Medical and sanitary report of the native army of Bengal for the year
Year: 1877
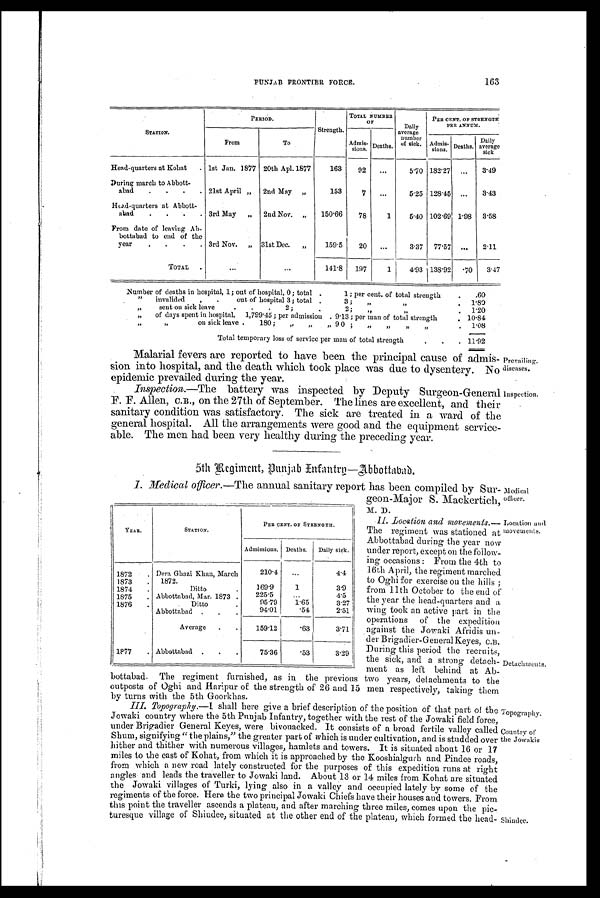
Prevailing.
diseases.
Inspection.
163
PUNJAB FRONTIER FORCE.
STATION.
PERIOD.
Strength.
TOTAL NUMBER
OF
Daily
average
number
of sick.
PER CENT. OF STRENGTH
PER ANNUM.
Admis-
sions. Deaths.
From
T o
Admis-
sions.
Deaths.
Daily
average
sick
Head-quarters at Kohat
. 1st Jan. 1877 20th Apl. 1877
163
92
...
5.70 182 . 27 ...
3.49
During march to Abbott-
abad
.
. . . 21st April „
2nd May
„
153
7
...
5.25 128.45
...
3.43
Head-quarters at Abbott.
abad
.
.
.
. 3rd May
„
2nd Nov.
„
150 .66
78
1
5.40 102 . 69 1 . 98 3.58
From date of leaving Ab-
bottabad to end of the
year
.
.
.
. 3rd Nov.
„ 31st Dec.
„
159.5
20
...
3.37
77.57
...
2.11
TOTAL
.
. . .
...
141.8
197
1
4.93 136.92
.70
3.47
Number of deaths in hospital, 1; out of hospital, 0; total .
1; per cent. of total strength
.
.60
,,
invalided
,
.
out of hospital 3; total .
3 ;
,, ,,
.
1 . 89
,,
sent on sick leave
.
.
.
2;
2;
,, ,,
.
1.20
,,
of days spent in hospital, 1,799 .45 ; per admission . 9 . 13 ;
m
per an of total strength
. 10.84
,, ,,
on sick leave .
180;
,,
,,
,, 90;
,, ,, ,, ,,
1.08
Total temporary loss of service per man of total strength
. 11.92
Malarial fevers are reported to have been the principal cause of admis-
sion into hospital, and the death which took place was due to dysentery. No
epidemic prevailed during the year.
Inspection.—The battery was inspected by Deputy Surgeon-General
F. F. Allen, C.B., on the 27th of September. The lines are excellent, and their
sanitary condition was satisfactory. The sick are treated in a ward of the
general hospital. All the arrangements were good and the equipment service-
able. The men had been very healthy during the preceding year.
5th Regiment, Punjab Infantry—Abbottabad.
Medical officer.—The annual sanitary report has been compiled by Sur-
geon-Major S. Mackertich,
M .
D.
II. Location and movements.—
The regiment was stationed at
Abbottabad during the year now
under report, except on the follow-
ing occasions: From the 4th to
16th April, the regiment marched
to Oghi for exercise on the hills;
from 11th October to the end of
the year the head-quarters and a
wing took an active part in the
operations of the expedition
against the Jowaki Afridis un-
der Brigadier-General Keyes, C.B.
During this period the recruits
the sick, and a strong detach-
ment as left behind at Ab-
b o t t a b a d . T h e r e g i m e n t f u r n i s h e d , a s i n t h e p r e v i o u s t w o y e a r s , d e t a c h m e n t s t o t h e
outposts of Oghi and Haripur of the strength of 26 and 15 men respectively, taking them
by turns with the 5th Goorkhas.
III. Topography.—I shall here give a brief description of the position of that part of the
Jowaki country where the 5th Punjab Infantry, together with the rest of the Jowaki field force,
under Brigadier General Keyes, were bivouacked. It consists of a broad fertile valley called
Shum, signifying "the plains," the greater part of which is under cultivation, and is studded over
hither and thither with numerous villages, hamlets and towers. It is situated about 16 or 17
miles to the east of Kohat, from which it is approached by the Kooshialgurh and Pindee roads,
from which a new road lately constructed for the purposes of this expedition runs at right
angles and leads the traveller to Jowaki land. About 13 or 14 miles from Kohat are situated
the Jowaki villages of Turki, lying also in a valley and occupied lately by some of the
regiments of the force. Here the two principal Jowaki Chiefs have their houses and towers. From
this point the traveller ascends a plateau, and after marching three miles, comes upon the pic-
turesque village of Shindee, situated at the other end of the plateau, which formed the head-
YEAR.
STATION.
PER CENT. OF STRENGTH.
Admissions. Deaths.
Daily sick.
1872
. Dera Ghazi Khan, March
210.4
. . .
4.4
1873
.
1872.
169.9
1
3.9
1874
Ditto
1875
. Abbottabad, Mar. 1873 .
225.5
. . .
4.5
1876
Ditto
95.79
1.65
3.27
.
Abbottabad .
94.01
.54
2.51
Average
.
.
159.12
.63
3.71
1877
. Abbottabad .
.
.
75.36
.53
3.29
Medical
officer.
Location and
movements.
Detachments.
Topography.
Country of
the Jowakis
Shindee.